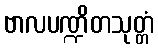
ဗာလပဏ္ဍိတသုတ္တံ